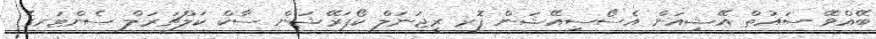
ބޭއްވޭ ސައުތް އޭޝިއަން އެސޯސިއޭޝަން ފޮރ ރީޖަނަލް ކޯޕަރޭޝަން ސާކް ކަލްޗަރަލް ސެންޓަރގެ